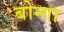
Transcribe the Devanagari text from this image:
बोन्‍गा